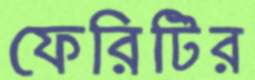
ফেরিটির